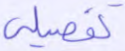
تفصيلي